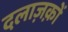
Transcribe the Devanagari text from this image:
दलाज़क़ों